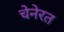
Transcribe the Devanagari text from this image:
चेनेरत